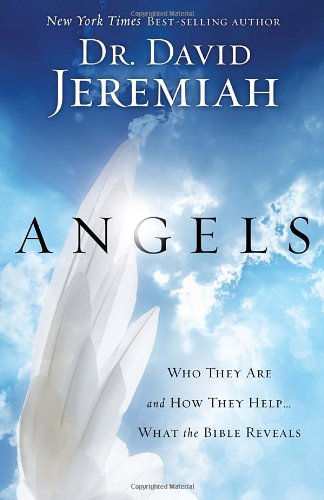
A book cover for Angels: Who They Are and How They Help--What the Bible Reveals; Dr. David Jeremiah; Christian Books & Bibles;